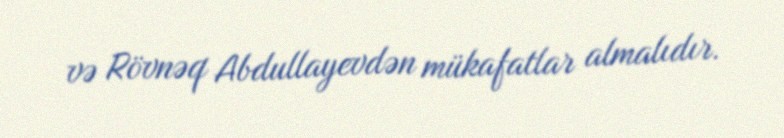
və Rövnəq Abdullayevdən mükafatlar almalıdır.